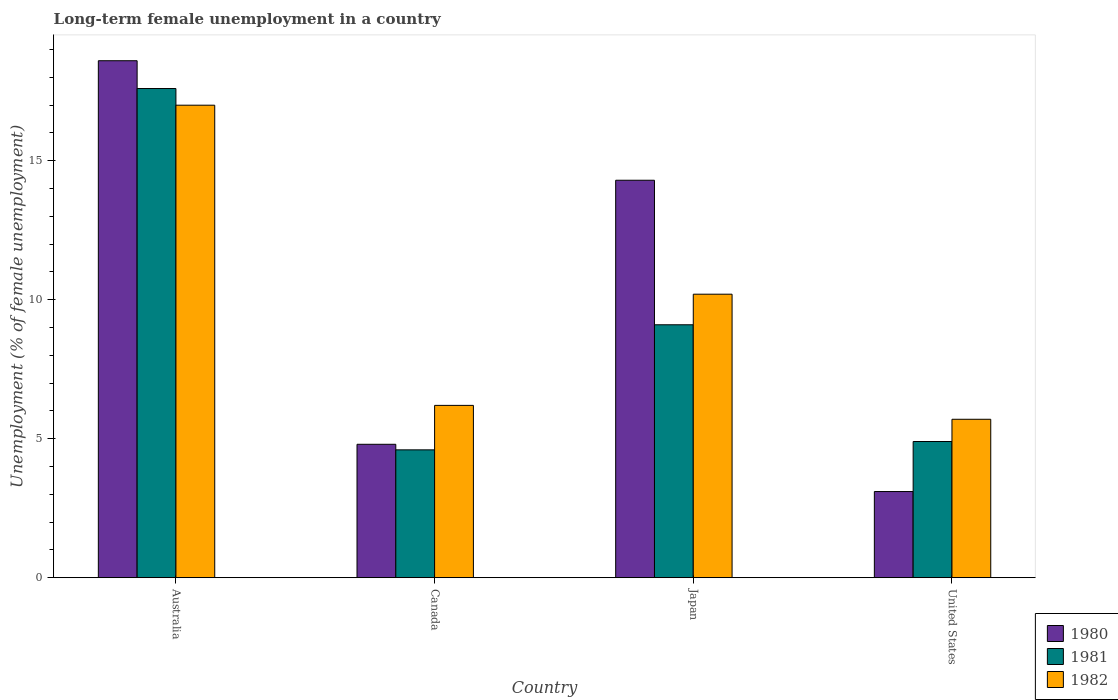
| Country | 1980 | 1981 | 1982 |
 | --- | --- | --- | --- |
 | Australia | 18.6 | 17.6 | 17 |
 | Canada | 4.8 | 4.6 | 6.2 |
 | Japan | 14.3 | 9.1 | 10.2 |
 | United States | 3.1 | 4.9 | 5.7 |